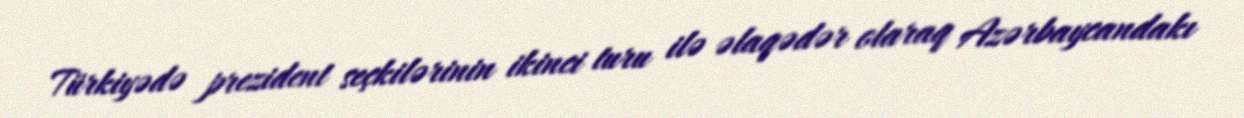
Türkiyədə prezident seçkilərinin ikinci turu ilə əlaqədər olaraq Azərbaycandakı